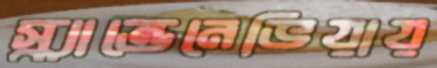
স্ক্যান্ডেনেভিয়ায়